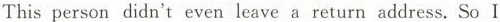
This person didn't even leave a return address.So I